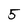
Character: 5